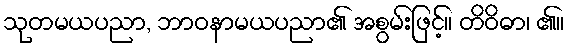
သုတမယပညာ, ဘာဝနာမယပညာ၏ အစွမ်းဖြင့်။ တိဝိဓာ၊ ၏။